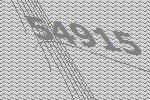
54915